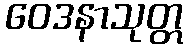
ဝေဒနာသုတ္တ